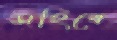
সহিবে